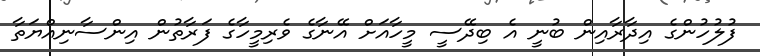
ފުލުހުންގެ އިދާރާއިން ބުނީ އެ ބިދޭސީ މީހާއަށް އޭނާގެ ވެރިމީހާގެ ފަރާތުން އިންސާނިއްޔަތާ